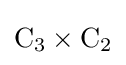
\mathrm {C} _{3}\times \mathrm {C} _{2}